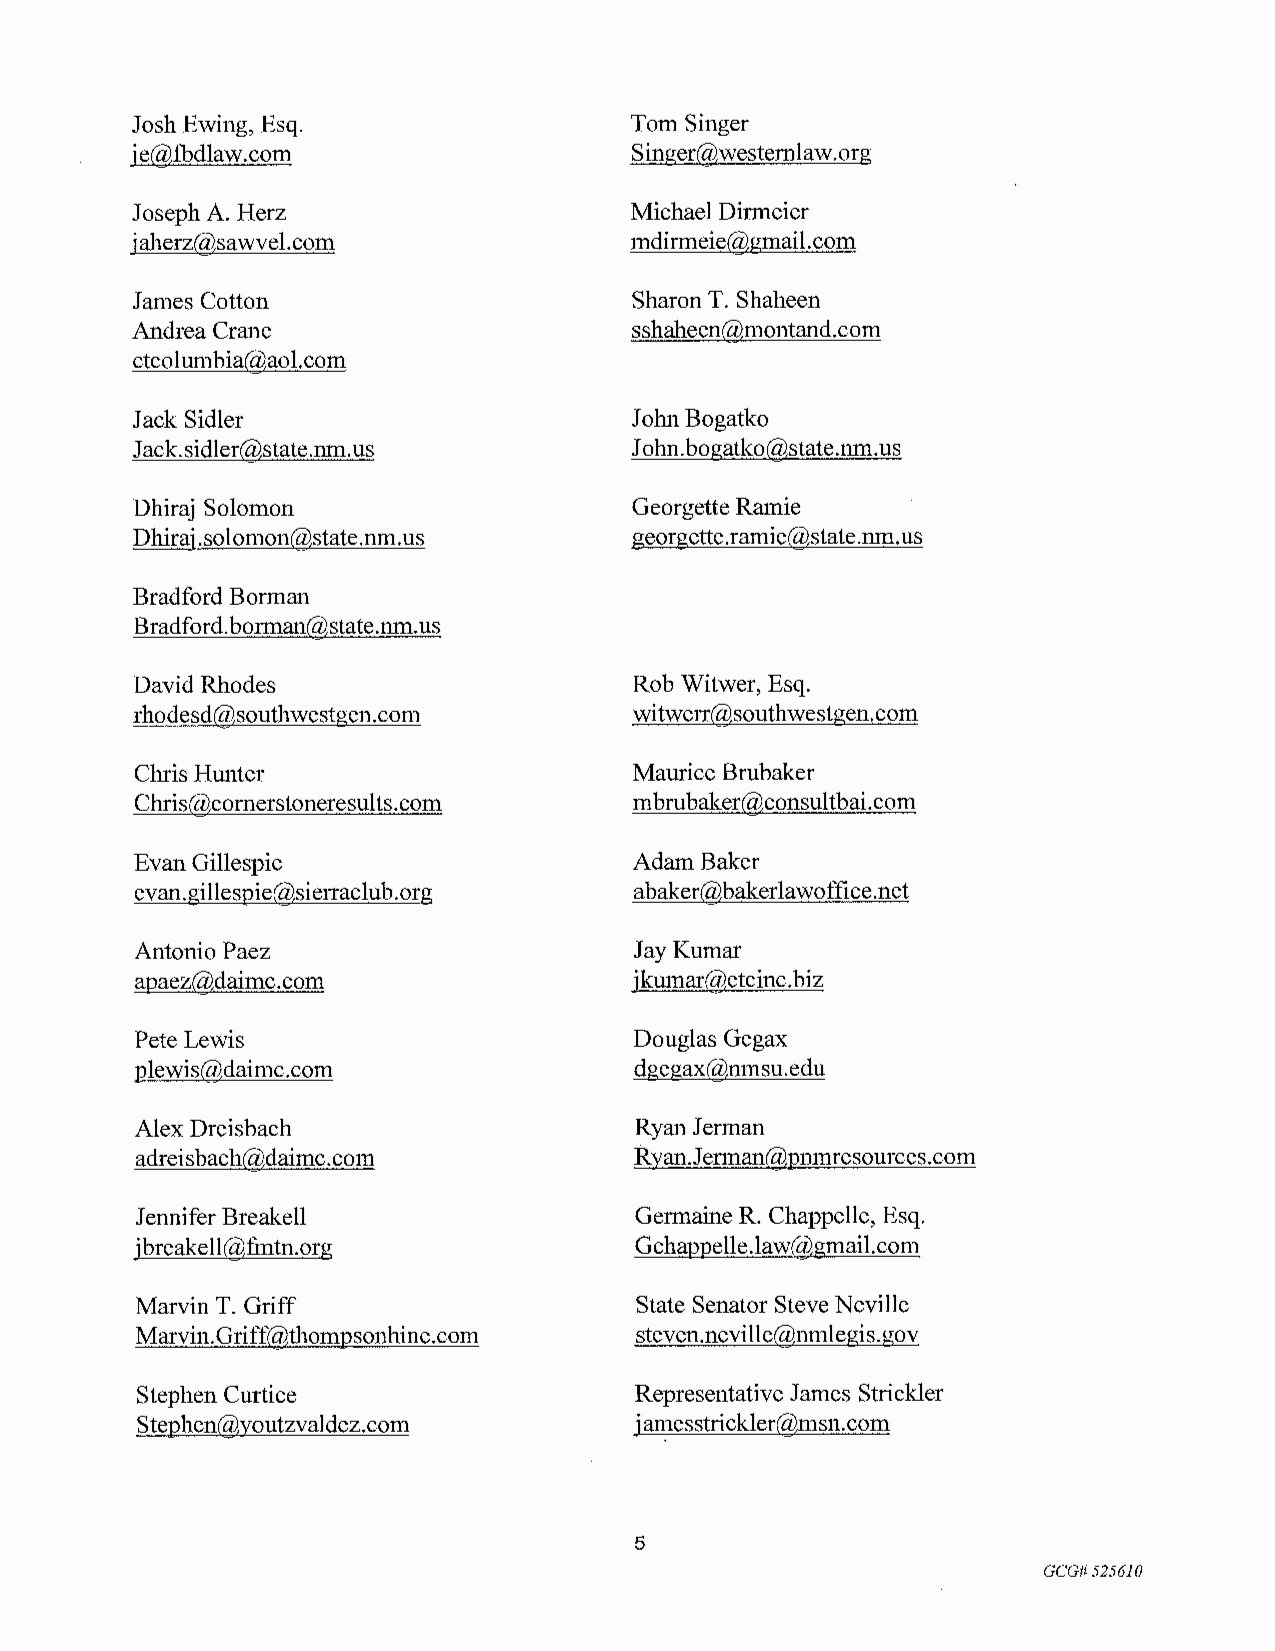
Josh Ewing, Esq.                 Tom Singer
 ie@:tbdlaw.com                   Singer@westemlaw.org
 Joseph A. Herz                   Michael Dirmeier
 iaherz@sawvel.com                mdirmeie@gmail.com
 James Cotton                     Sharon T. Shaheen
 Andrea Crane                     sshaheen@montand.com
 ctcolumbia@aol.com
 Jack Sidler                      John Bogatko
 Jack.sidler@state.nm.us          John.bogatko@state.nm.us
 Dhiraj Solomon                   Georgette Ramie
 Dhirai .solomon@state.nm.us      georgette.ramie@state.nm.us
 Bradford Borman
 Bradford. borman@state.nm.us
 David Rhodes                     Rob Witwer, Esq.
 rhodesd@southwestgen.com         witwerr@southwestgen.com
 Chris Hunter                     Maurice Brubaker
 Chris@comerstoneresults.com      mbrubaker@consultbai.com
 Evan Gillespie                   Adam Baker
 evan.gillespie@sierraclub.org    abaker@bakerlawoffice.net
 Antonio Paez                     Jay Kumar
 apaez@daimc.com                  jkumar@etcinc.biz
 Pete Lewis                       Douglas Gegax
 plewis@daimc.com                 dgegax@nmsu.edu
 Alex Dreisbach                   Ryan Jerman
 adreisbach@daimc.com             Ryan.J erman@pnmresources.com
 Jennifer Breakell                Germaine R. Chappelle, Esq.
 ibreakell@fmtn.org               Gchappelle.law@gmail.com
 Marvin T. Griff                  State Senator Steve Neville
 Marvin.Griff@thompsonhine.com    steven.neville@nmlegis.gov
 Stephen Curtice                  Representative James Strickler
 Stephen@youtzvaldez.com          i an_1esstrickler@msn.com
 5
 GCG#525610